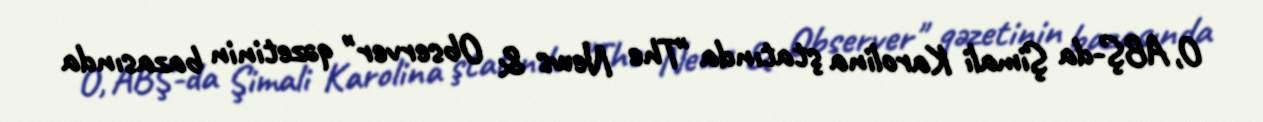
O, ABŞ-da Şimali Karolina ştatında "The News & Observer" qəzetinin bazasında